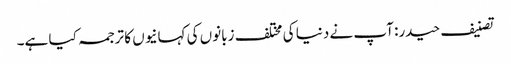
تصنیف حیدر: آپ نے دنیا کی مختلف زبانوں کی کہانیوں کا ترجمہ کیا ہے۔